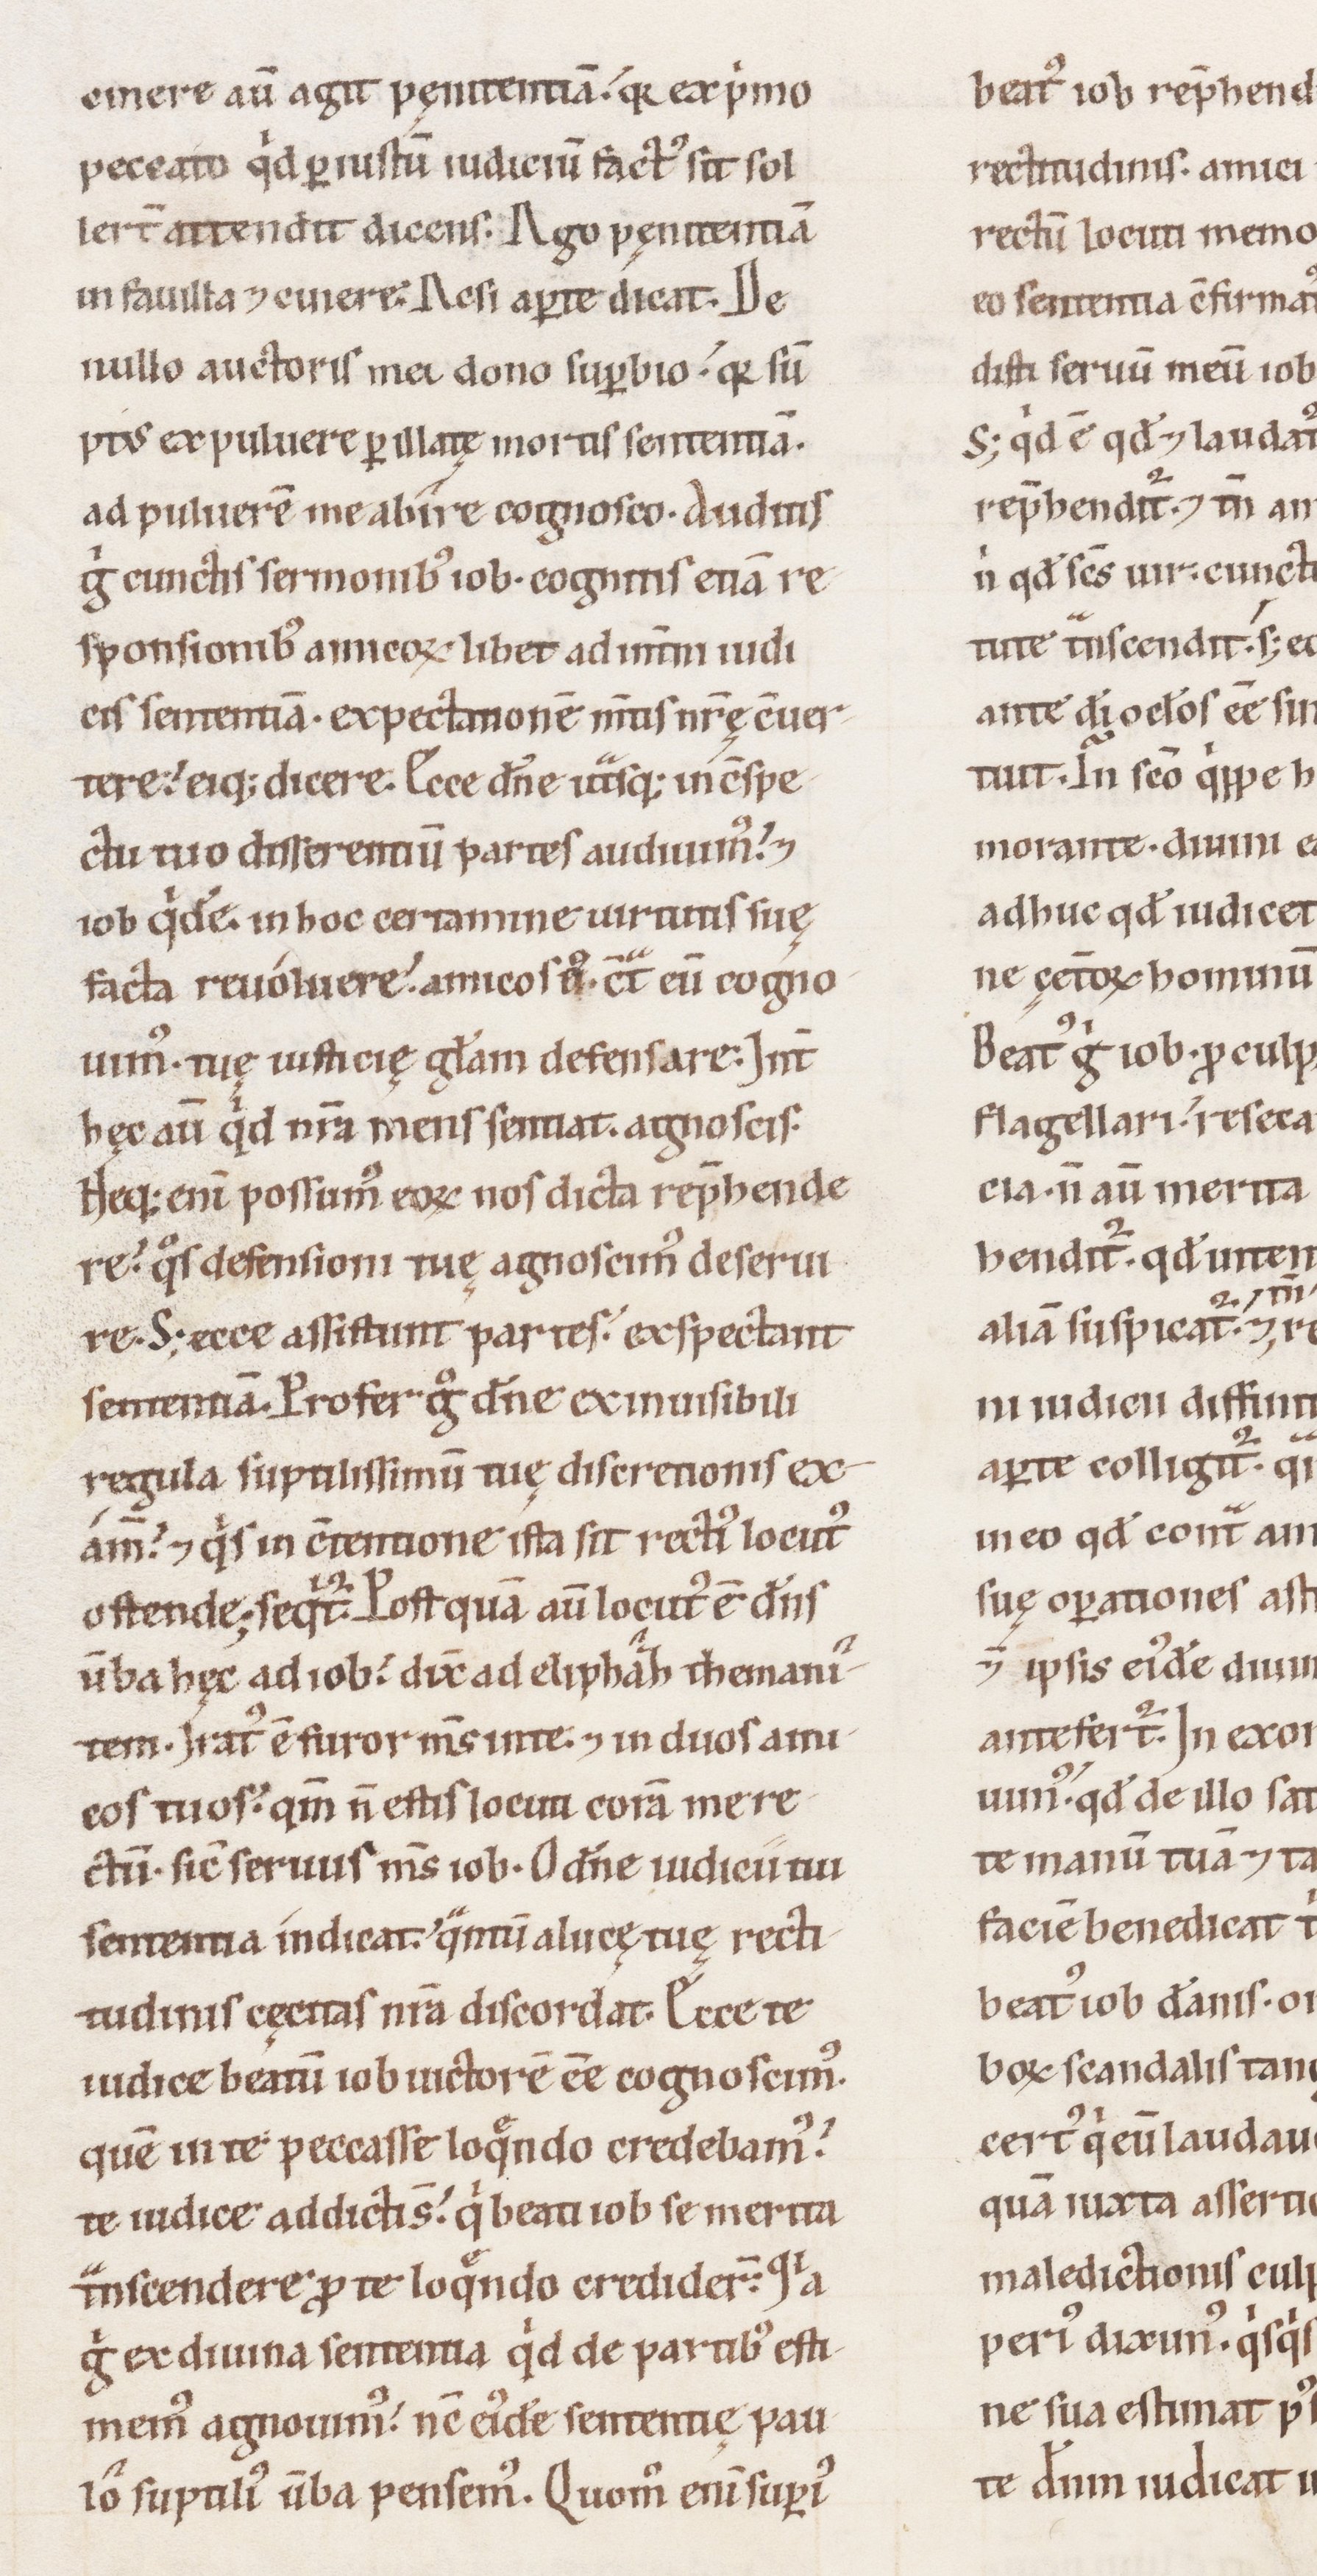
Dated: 1100–1199